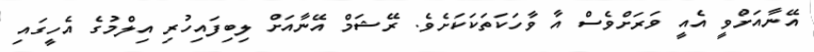
އޭނާއަށްވީ އެއީ ވަރަށްވެސް އާ ވާހަކަތަކަކަށެވެ. ރޭޝަމް އޭނާއަށް ލިބިފައިހުރި އިލްމުގެ އެހީގައި